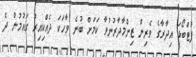
ފުޓްބޯޅަ އިދާރާގެ ވެރިން ޒިންމާދާރުނުވާ ކަމަށް ބުނެ ވާހަކަ ދެއްކިއިރު ގައުމުން ދެ